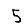
Digit: 5